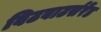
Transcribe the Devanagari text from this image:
विटवाटर्सरेंड